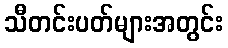
သီတင်းပတ်များအတွင်း